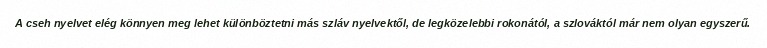
A cseh nyelvet elég könnyen meg lehet különböztetni más szláv nyelvektől, de legközelebbi rokonától, a szlováktól már nem olyan egyszerű.